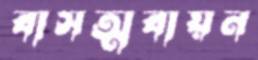
বাসত্মবায়ন